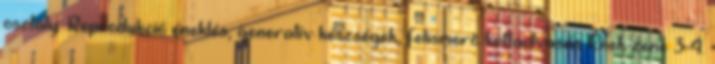
osztály. Reprodukció éneklés, generatív készségek, felismerő kottaolvasás Ének-zene 3-4.